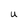
Character: U